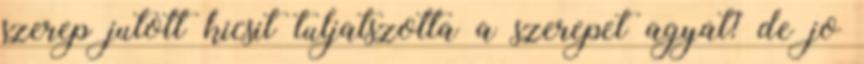
szerep jutott kicsit tuljatszotta a szerepet agyat? de jo